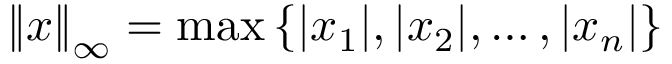
\left\| x \right\| _ { \infty } = \operatorname* { m a x } \left\{ | x _ { 1 } | , | x _ { 2 } | , \dotsc , | x _ { n } | \right\}